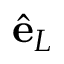
\hat { \bf e } _ { L }